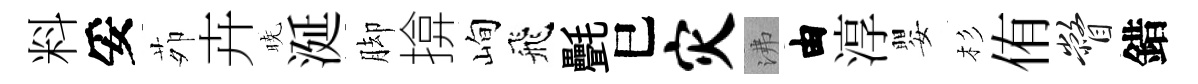
料妥茆卉暁涎脚揜峋飛㲲巳灾沸由淳嬰杉侑瞥錯